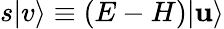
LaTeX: s|v\rangle\equiv(E-H)|\mathbf{u}\rangle